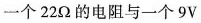
一个22Ω的电阻与一个9V